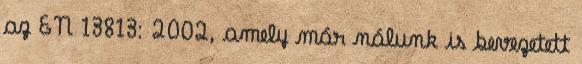
az EN 13813: 2002, amely már nálunk is bevezetett